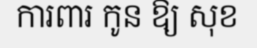
ការពារ កូន ឱ្យ សុខ